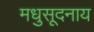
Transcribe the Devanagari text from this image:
मधुसूदनाय